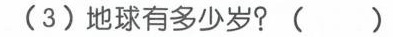
(3)地球有多少岁?( )